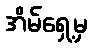
အိမ်ရှေ့မှ